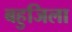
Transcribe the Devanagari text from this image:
बहुजिला